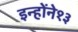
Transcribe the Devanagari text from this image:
इन्होंने१३